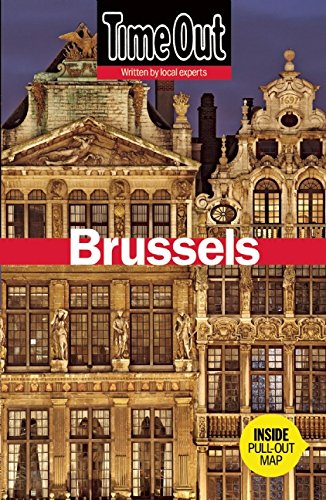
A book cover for Time Out Brussels: Antwerp, Ghent and Bruges (Time Out Guides); Travel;